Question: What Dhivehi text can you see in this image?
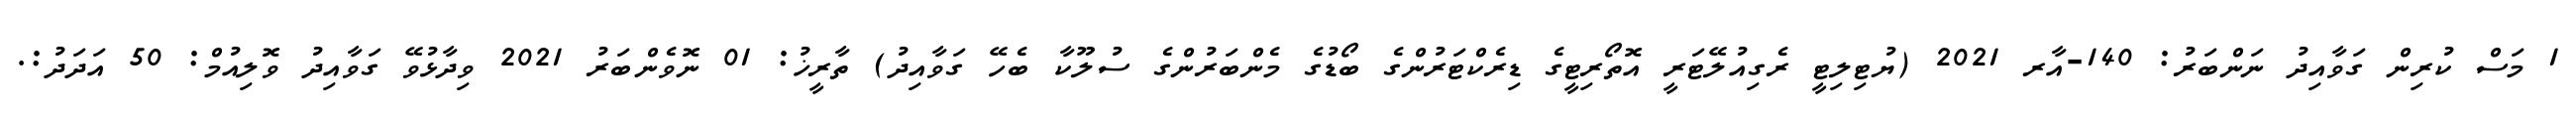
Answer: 1 މަސް ކުރިން ގަވާއިދު ނަންބަރު: 140-އާރ 2021 (ޔުޓިލިޓީ ރެގިއުލޭޓަރީ އޮތޯރިޓީގެ ޑިރެކްޓަރުންގެ ބޯޑުގެ މެންބަރުންގެ ސުލޫކާ ބެހޭ ގަވާއިދު) ތާރީޚު: 01 ނޮވެންބަރު 2021 ވިދާޅުވޭ ގަވާއިދު ވޮލިއުމް: 50 އަދަދު:.